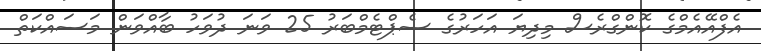
އެފްއޭއެމްގެ ކޮންގްރެސް މިދިޔަ އަހަރުގެ ސެޕްޓެމްބަރު 25 ވަނަ ދުވަހު ބާއްވަން މަސައްކަތް